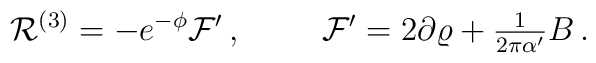
{\cal R}^{(3)}  = -e^{-\phi}{\cal F}^{\prime}\, ,\hspace{1cm}{\cal F}^{\prime} = 2\partial\varrho +{\textstyle\frac{1}{2\pi\alpha^{\prime}}}B\, .